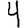
Digit: 4